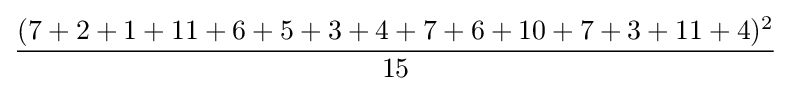
{\frac {(7+2+1+11+6+5+3+4+7+6+10+7+3+11+4)^{2}}{15}}